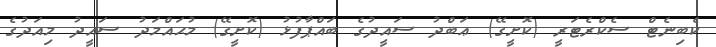
ކެބިނެޓް ސެކްރެޓަރީ (ކޮށީގޭ) ޢަބްދު ސައީދުގެ ބައްޕާފުޅު (ކޮށީގޭ) މުޙައްމަދު ސައީދު މިއަދުގެ